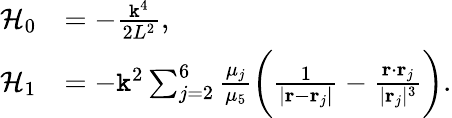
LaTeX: \begin{array}{rl}{\mathcal{H}_{0}}&{=-\frac{\mathtt{k}^{4}}{2L^{2}},}\\ {\mathcal{H}_{1}}&{=-\mathtt{k}^{2}\sum_{j=2}^{6}\frac{\mu_{j}}{\mu_{5}}\bigg(\frac{1}{|\mathbf{r}-\mathbf{r}_{j}|}-\frac{\mathbf{r}\cdot\mathbf{r}_{j}}{|\mathbf{r}_{j}|^{3}}\bigg).}\end{array}